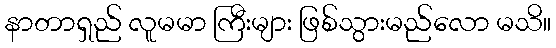
နာတာရှည် လူမမာ ကြီးများ ဖြစ်သွားမည်လော မသိ။